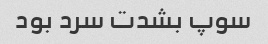
سوپ بشدت سرد بود